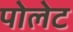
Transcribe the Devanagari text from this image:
पोलेट